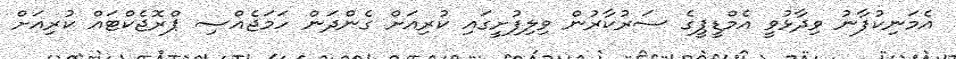
އެމަނިކުފާނު ވިދާޅުވީ އެމްޑީޕީގެ ސަރުކާރުން ވިލިފުށީގައި ކުރިއަށް ގެންދަން ހަމަޖެއްސި ޕްރޮޖެކްޓައް ކުރިއަށް